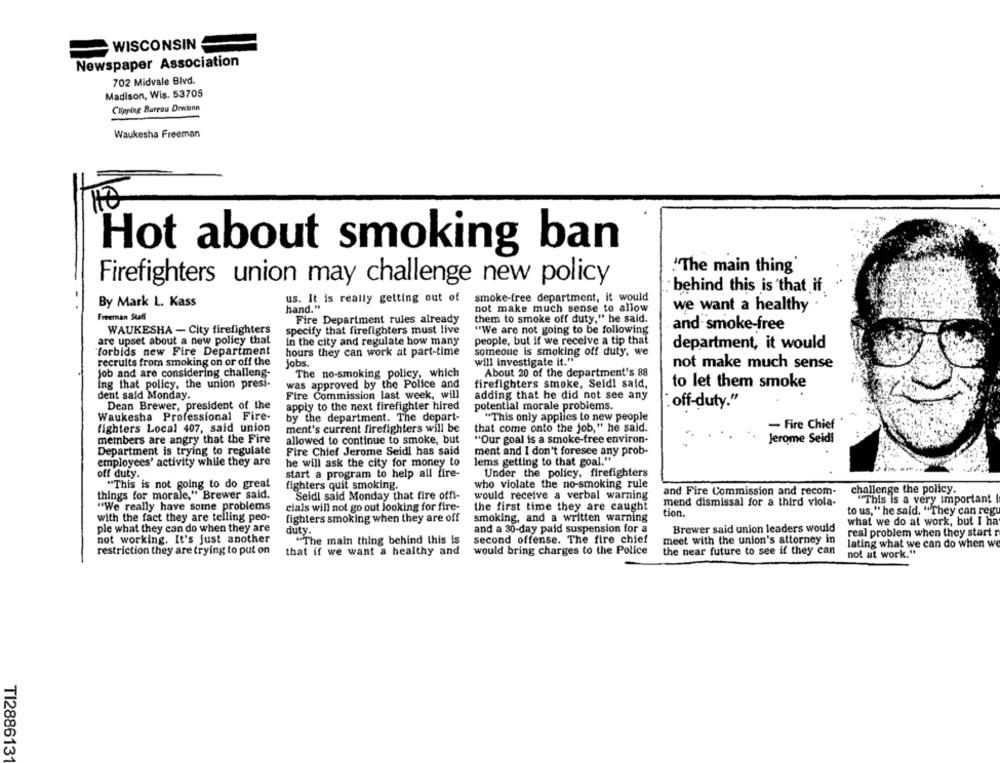
WISCONSIN
Newspaper Association
702 Midvale Blvd.
Madison, Wis. 53705
Clipping Burrow Drasnn
Waukesha Freeman
Hot about smoking ban
"The main thing
Firefighters union may challenge new policy
behind this is that if
us. It is really getting out of
smoke-free department, it would
By Mark L. Kass
we want a healthy
hand."
not make much sense to allow
Freeman Staff
Fire Department rules already
them to smoke off duty," he said.
"We are not going to be following
and smoke-free
WAUKESHA - City firefighters
specify that firefighters must live
are upset about a new policy that
In the city and regulate how many
people, but if we receive a tip that
forbids new Fire Department
hours they can work at part-time
someone is smoking off duty, we
department, it would
recruits from smoking on or off the
jobs.
will investigate it."
not make much sense
job and are considering challeng-
The no-smoking policy, which
About 20 of the department's 88
Ing that policy, the union presi-
was approved by the Police and
firefighters smoke, Seidl said,
to let them smoke
dent said Monday.
Fire Commission last week, will
adding that he did not see any
Dean Brewer, president of the
. off-duty."
apply to the next firefighter hired
potential morale problems.
Waukesha Professional Fire-
by the department. The depart-
"This only applies to new people
ment's current firefighters will be
that come onto the job," he said.
- Fire Chief
fighters Local 407, said union
members are angry that the Fire
allowed to continue to smoke, but
"Our goal is a smoke-free environ-
Jerome Seidl
Department is trying to regulate
Fire Chief Jerome Seidl has said
ment and I don't foresee any prob-
employees' activity while they are
he will ask the city for money to
lems getting to that goal."
off duty.
start a program to help all fire-
Under the policy, firefighters
"This is not going to do great
fighters quit smoking.
who violate the no-smoking rule
challenge the policy.
things for morale," Brewer said.
Seidl said Monday that fire offi-
would receive a verbal warning
and Fire Commission and recom-
mend dismissal for a third viola-
"This is a very important
"We really have some problems
cials will not go out looking for fire-
the first time they are caught
to us," he said. "They can regu
with the fact they are telling peo-
fighters smoking when they are off
smoking, and a written warning
tion.
what we do at work, but I ha
ple what they can do when they are
duty.
and a 30-day paid suspension for a
Brewer said union leaders would
real problem when they start r
not working. It's just another
"The main thing behind this is
second offense. The fire chief
meet with the union's attorney in
restriction they are trying to put on
would bring charges to the Police
lating what we can do when we
that if we want a healthy and
the near future to see if they can
not at work."
TI2886131